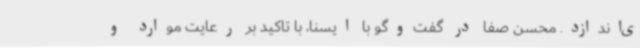
ی‌اندازد. محسن صفا در گفت‌وگو با ایسنا، با تاکید بر رعایت موارد و